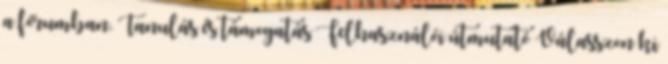
a fórumban. Tanulás és támogatás Felhasználói útmutató Válasszon ki